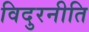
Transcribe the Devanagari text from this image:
विदुरनीति